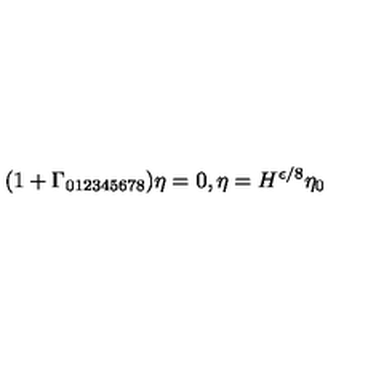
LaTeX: ( 1 + \Gamma _ { 0 1 2 3 4 5 6 7 8 } ) \eta = 0 , \eta = H ^ { \epsilon / 8 } \eta _ { 0 }